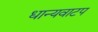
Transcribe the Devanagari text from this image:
धान्यवाटप